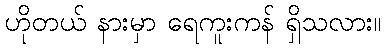
ဟိုတယ် နားမှာ ရေကူးကန် ရှိသလား။